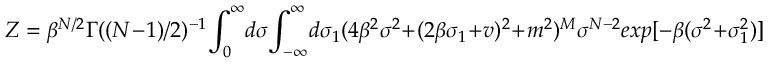
Z = \beta ^ { N / 2 } \Gamma ( ( N - 1 ) / 2 ) ^ { - 1 } { \LARGE \int _ { 0 } ^ { \infty } } d \sigma { \LARGE \int _ { - \infty } ^ { \infty } } d \sigma _ { 1 } ( 4 \beta ^ { 2 } \sigma ^ { 2 } + ( 2 \beta \sigma _ { 1 } + v ) ^ { 2 } + m ^ { 2 } ) ^ { M } \sigma ^ { N - 2 } e x p [ - \beta ( \sigma ^ { 2 } + \sigma _ { 1 } ^ { 2 } ) ]